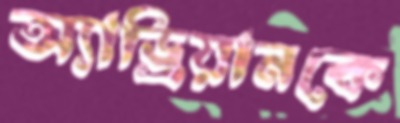
অ্যাড্রিয়ানকে